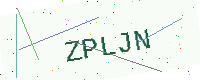
Text: ZPLJN